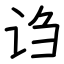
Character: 诌